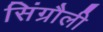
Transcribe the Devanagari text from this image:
सिंग्रौली